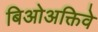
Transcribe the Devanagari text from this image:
बिओअक्तिवे